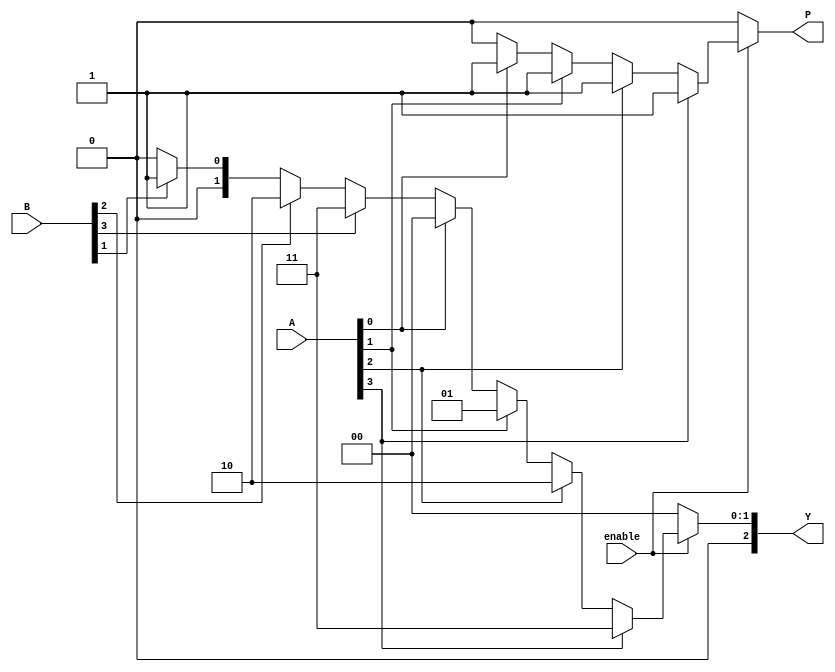
module dual_priority_encoder (
    input wire [3:0] A,      // Group A inputs
    input wire [3:0] B,      // Group B inputs
    input wire enable,        // Enable signal
    output reg [2:0] Y,      // 3-bit binary output
    output reg P             // Priority indicator
);

    always @(*) begin
        if (enable) begin
            // Default output
            Y = 3'b000; // Default state when no inputs are active
            P = 1'b0;   // Default priority indicator

            // Check Group A inputs first
            if (A[3]) begin
                Y = 3'b011; // Output for A3
                P = 1'b1;   // Group A priority
            end else if (A[2]) begin
                Y = 3'b010; // Output for A2
                P = 1'b1;   // Group A priority
            end else if (A[1]) begin
                Y = 3'b001; // Output for A1
                P = 1'b1;   // Group A priority
            end else if (A[0]) begin
                Y = 3'b000; // Output for A0
                P = 1'b1;   // Group A priority
            end
            // If no Group A inputs are active, check Group B inputs
            else if (B[3]) begin
                Y = 3'b011; // Output for B3
                P = 1'b0;   // Group B priority
            end else if (B[2]) begin
                Y = 3'b010; // Output for B2
                P = 1'b0;   // Group B priority
            end else if (B[1]) begin
                Y = 3'b001; // Output for B1
                P = 1'b0;   // Group B priority
            end else if (B[0]) begin
                Y = 3'b000; // Output for B0
                P = 1'b0;   // Group B priority
            end
        end else begin
            // If not enabled, set outputs to default
            Y = 3'b000; // Default state
            P = 1'b0;   // Default priority indicator
        end
    end

endmodule